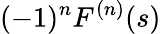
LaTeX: (-1)^{n}F^{(n)}(s)